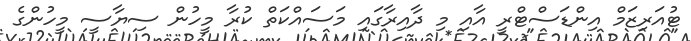
ޓުއަރިޒަމް އިންޑަސްޓްރީ އާއި މި ދާއިރާގައި މަސައްކަތް ކުރާ މީހުން ސިޔާސީ މީހުންގެ